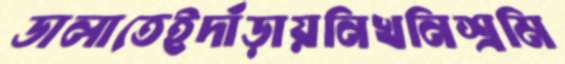
ডালাতেইদাঁড়ায়নিখনিশ্রমি